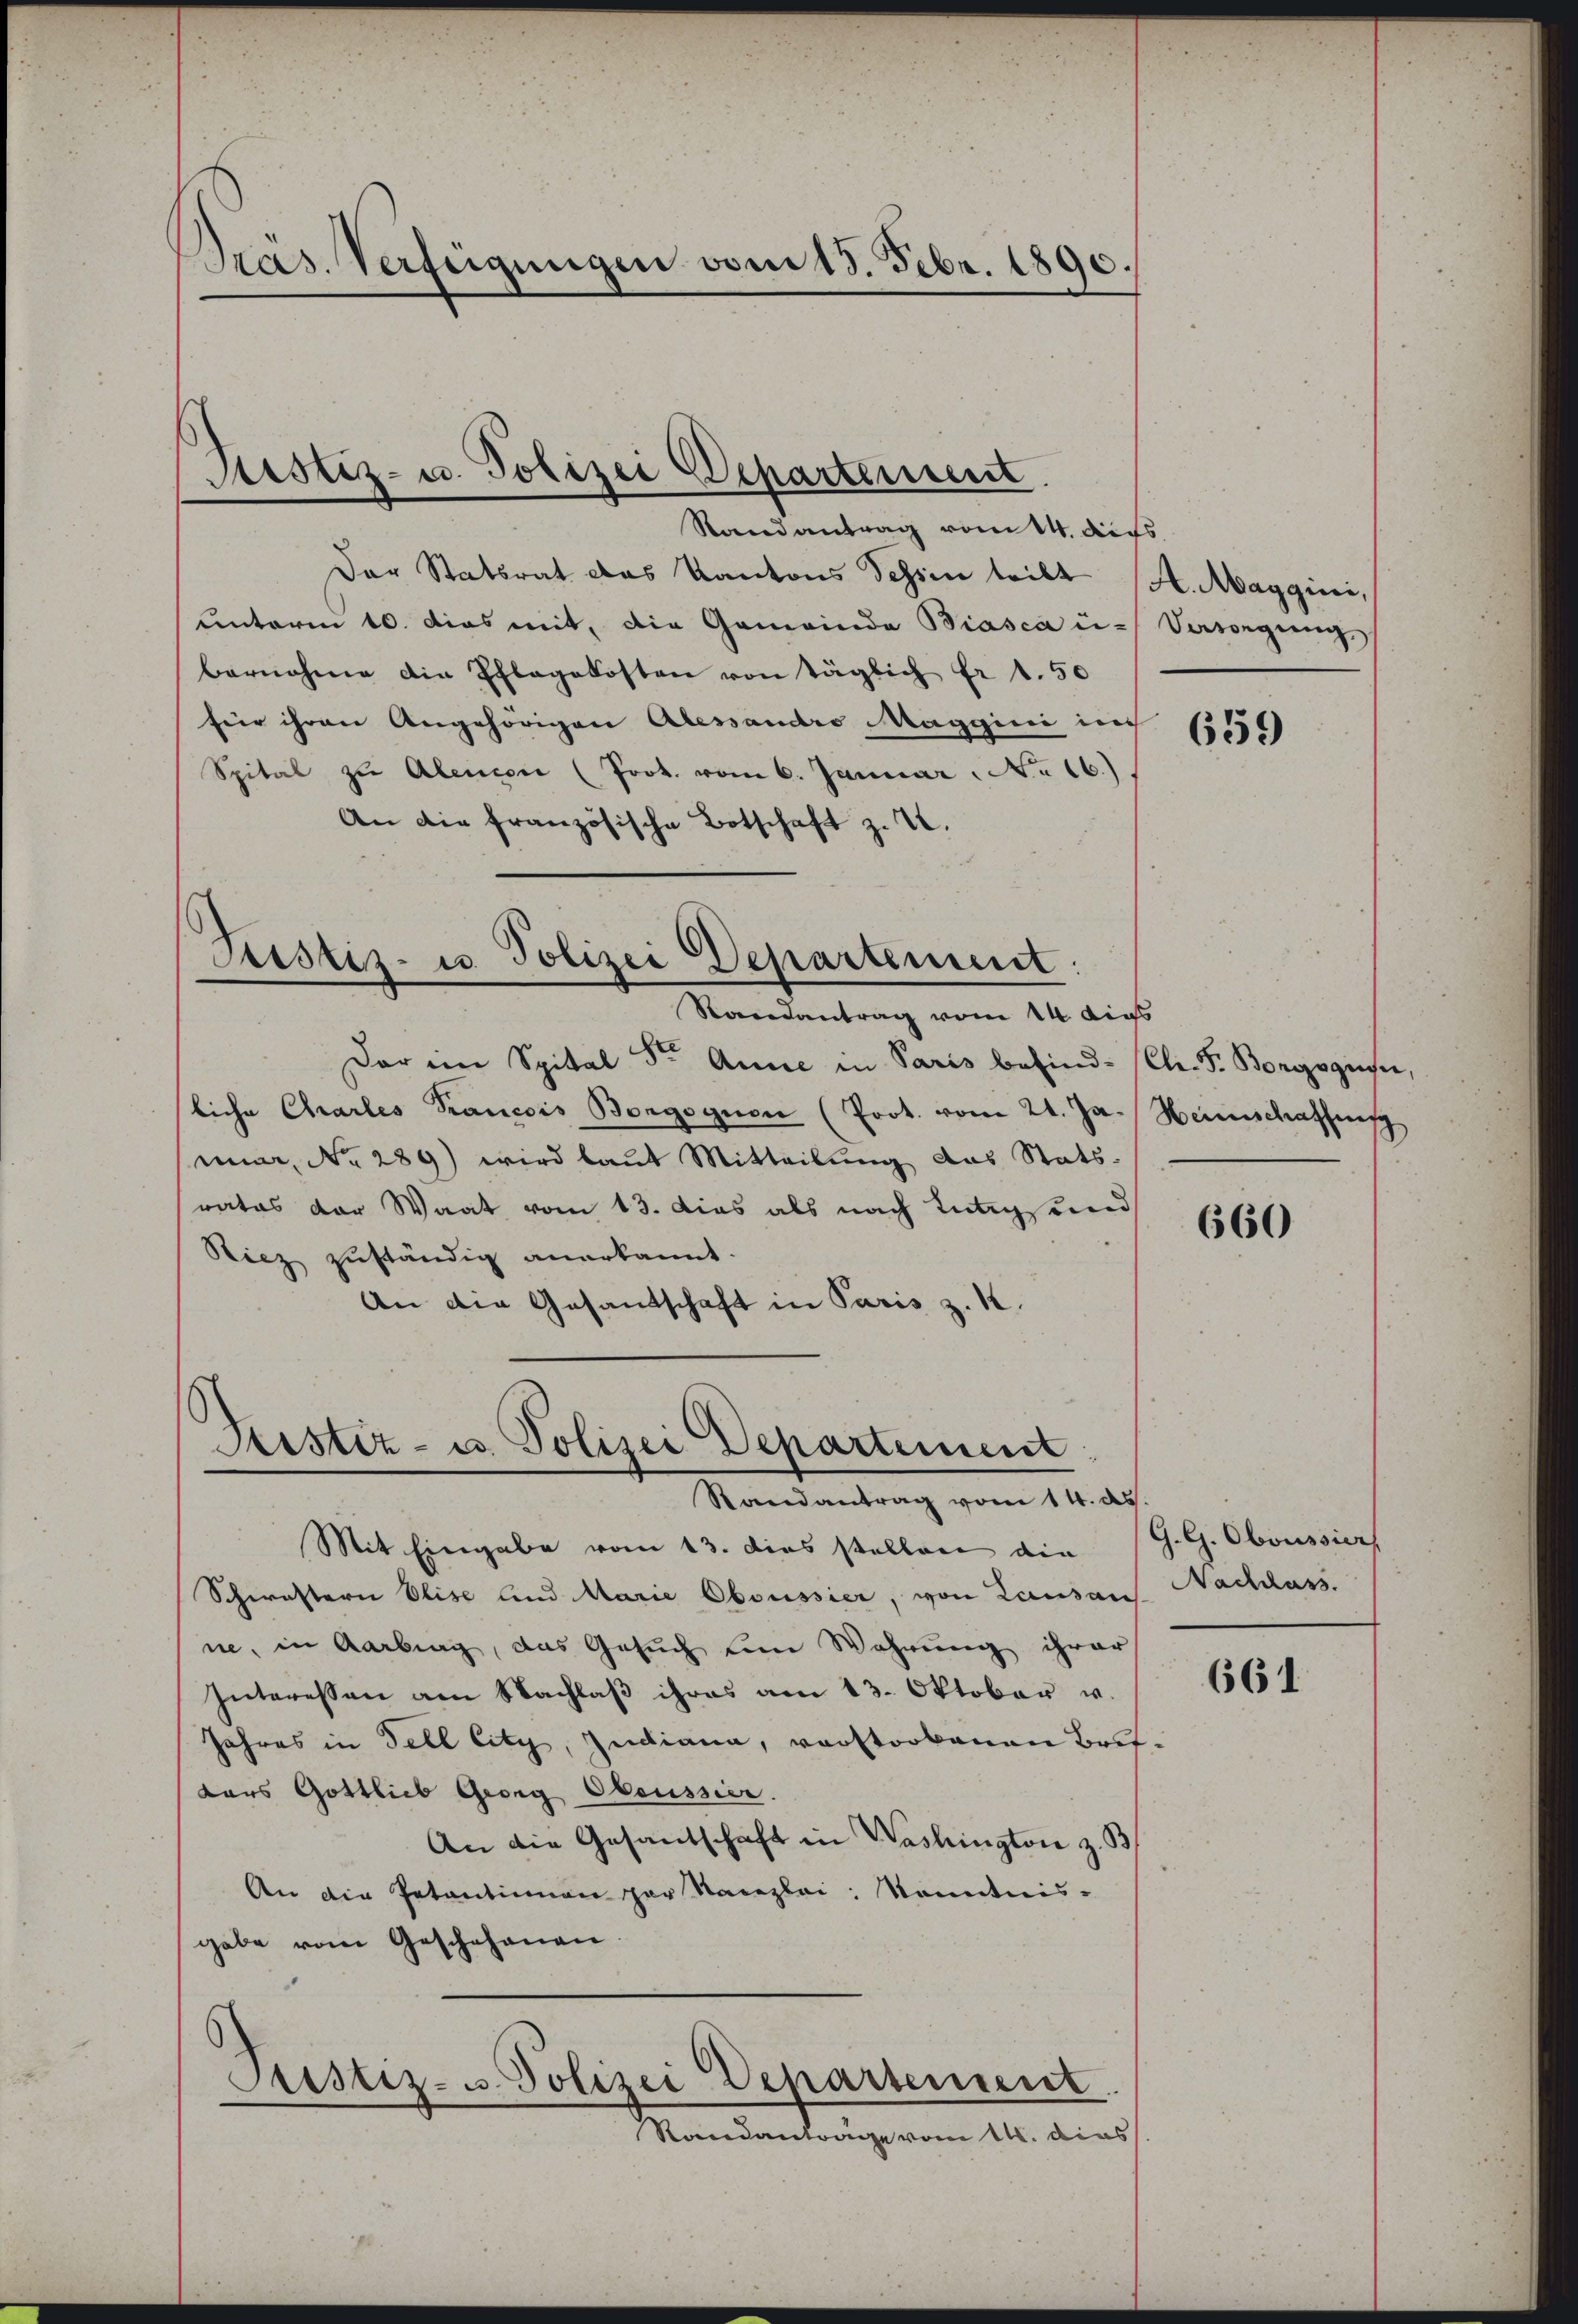
Präs. Verfügungen vom 15. Febr. 1890.

Justiz- u. Polizei Schartenseit
Randantrag vom 14. Aufs

Der Statsrat das Kantons Schien teilt H. Maggini,
unterm 10. dies mit die Gemeinde Biasca ü- Vasorgŭng
bernahme die Pflegekosten von täglich fr 1.50
für ihren Angehörigen Alessandro Maggini in
Spital zu Alenior (Prot. vom 6. Januar. No 16.)
An die französische Botschaft z. V.

Justiz- u. Polizei Departement:
Randantrag vom 14. dies

Sistiz- u. Polizei Departement
Randantrag vom 14. ds.
Mit Eingabe vom 13. dies stellen die

Der ein Spital Sr. Anne in Paris besind. Cl. F. Borgszinse,
liche Charles Krancsis Borgognen (Prot. vom 21. Ja. Heimschaffung
mar, No. 289) wird laut Mitteilung das Statsrates der Waat vom 13. dies als nach Innigs und
Ricz zuständig anerkannt.
An die Gesandtschaft in Paris z. K.

Schwestern Elise und Marie Oboussier, von Lausans. Nachlass.
ne, in Aarbung, das Gesuch ein Wahrung ihrer
Interessen am Nachlaβ ihres am 13. Oktober u.
Jahres in Fell litz, Indiana, verstorbenen Britkars Gottlieb Georg Obeussier.
An die Gesantschaft in Washington z. B.
An die Petentinon per Kanzlei Kenntnis-
gabe vom Geschehenen
Pustiz- u. Polizei Departement
Randantrage vom 14. dies

639

660

G. G. Oboussier

661